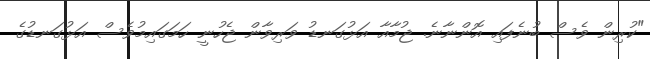
"ކުރިން ވެސް ބުނެފައި އޮންނާނެ. ޖުމާއާ އަޅުގަނޑު ވަރިވާން ޖެހުނީ ހަމަގައިމުވެސް އަޅުގަނޑުގެ